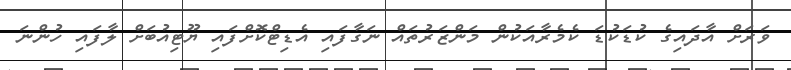
ވަރަށް އާދައިގެ ކުޑަކުޑަ ކެމެރާއަކުން މަންޒަރުތައް ނަގާފައި އެޑިޓްކޮށްފައި ޔޫޓިއުބަށް ލާފައި ހުންނަ